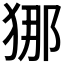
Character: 𭸐